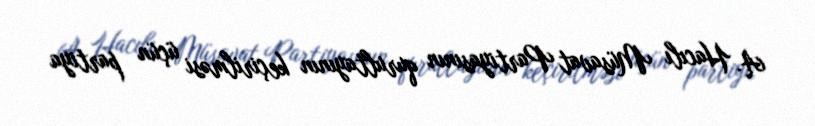
A. Hacılı Müsavat Partiyasının qurultayının keçirilməsi üçün partiya